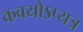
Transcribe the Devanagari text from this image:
कवयोऽप्यत्र